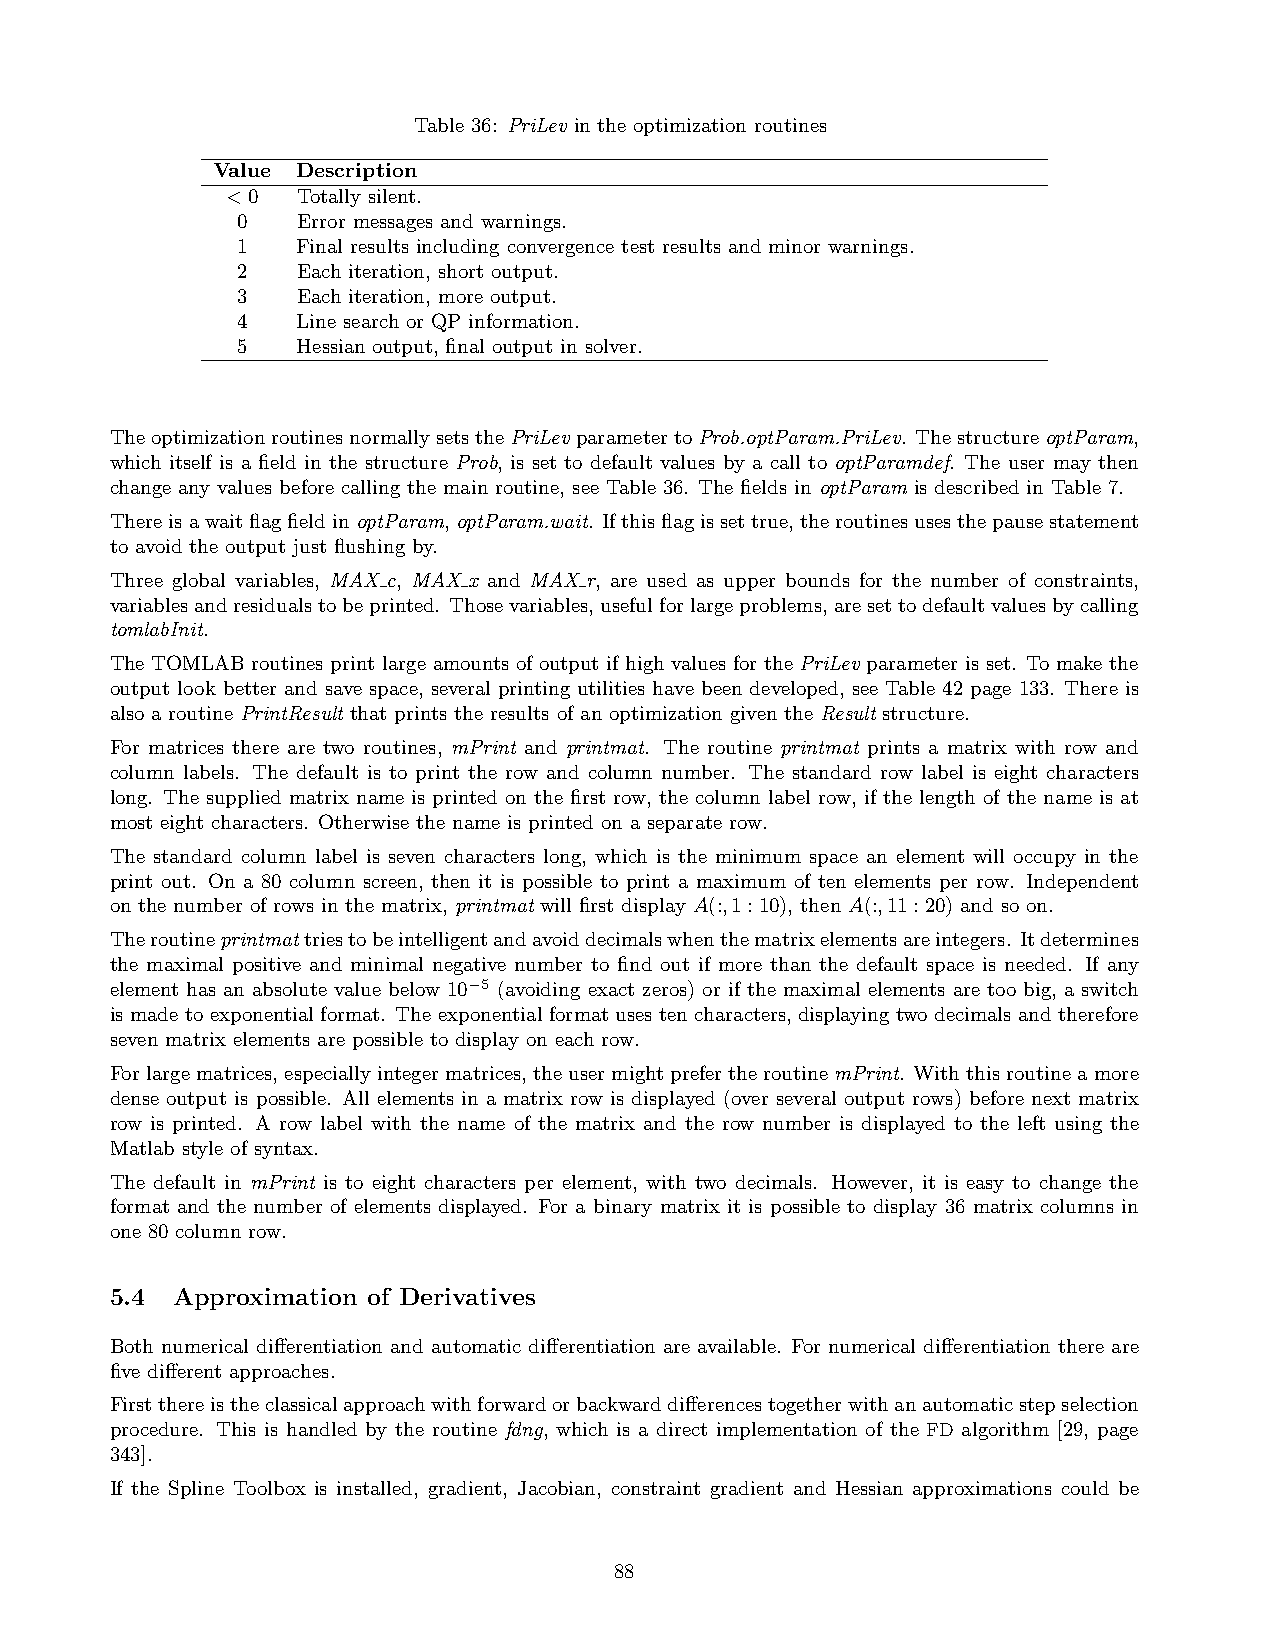
Table 36: PriLev in the optimization routines
 Value Description
 <0   Totally silent.
 0   Error messages and warnings.
 1   Final results including convergence test results and minor warnings.
 2   Each iteration, short output.
 3   Each iteration, more output.
 4   Line search or QP information.
 5   Hessian output, final output in solver.
 TheoptimizationroutinesnormallysetsthePriLevparametertoProb.optParam.PriLev. ThestructureoptParam,
 which itself is a field in the structure Prob, is set to default values by a call to optParamdef. The user may then
 change any values before calling the main routine, see Table 36. The fields in optParam is described in Table 7.
 ThereisawaitflagfieldinoptParam,optParam.wait. Ifthisflagissettrue,theroutinesusesthepausestatement
 to avoid the output just flushing by.
 Three global variables, MAX c, MAX x and MAX r, are used as upper bounds for the number of constraints,
 variablesandresidualstobeprinted. Thosevariables,usefulforlargeproblems,aresettodefaultvaluesbycalling
 tomlabInit.
 The TOMLAB routines print large amounts of output if high values for the PriLev parameter is set. To make the
 output look better and save space, several printing utilities have been developed, see Table 42 page 133. There is
 also a routine PrintResult that prints the results of an optimization given the Result structure.
 For matrices there are two routines, mPrint and printmat. The routine printmat prints a matrix with row and
 column labels. The default is to print the row and column number. The standard row label is eight characters
 long. The supplied matrix name is printed on the first row, the column label row, if the length of the name is at
 most eight characters. Otherwise the name is printed on a separate row.
 The standard column label is seven characters long, which is the minimum space an element will occupy in the
 print out. On a 80 column screen, then it is possible to print a maximum of ten elements per row. Independent
 on the number of rows in the matrix, printmat will first display A(:,1:10), then A(:,11:20) and so on.
 Theroutineprintmattriestobeintelligentandavoiddecimalswhenthematrixelementsareintegers. Itdetermines
 the maximal positive and minimal negative number to find out if more than the default space is needed. If any
 element has an absolute value below 10−5 (avoiding exact zeros) or if the maximal elements are too big, a switch
 is made to exponential format. The exponential format uses ten characters, displaying two decimals and therefore
 seven matrix elements are possible to display on each row.
 Forlargematrices, especiallyintegermatrices, theusermightprefertheroutinemPrint. Withthisroutineamore
 dense output is possible. All elements in a matrix row is displayed (over several output rows) before next matrix
 row is printed. A row label with the name of the matrix and the row number is displayed to the left using the
 Matlab style of syntax.
 The default in mPrint is to eight characters per element, with two decimals. However, it is easy to change the
 format and the number of elements displayed. For a binary matrix it is possible to display 36 matrix columns in
 one 80 column row.
 5.4 Approximation of Derivatives
 Both numerical differentiation and automatic differentiation are available. For numerical differentiation there are
 five different approaches.
 Firstthereistheclassicalapproachwithforwardorbackwarddifferencestogetherwithanautomaticstepselection
 procedure. This is handled by the routine fdng, which is a direct implementation of the FD algorithm [29, page
 343].
 If the Spline Toolbox is installed, gradient, Jacobian, constraint gradient and Hessian approximations could be
 88